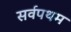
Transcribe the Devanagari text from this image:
सर्वपथम